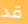
قد